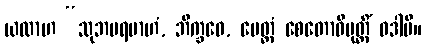
ယထာဟ “သုဘပရမာဟံ, ဘိက္ခဝေ, မေတ္တံ စေတောဝိမုတ္တိံ ဝဒါမိ။